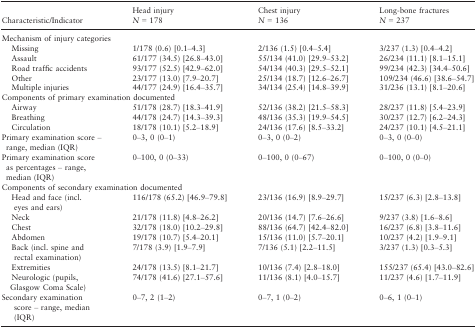
<table><thead><tr><td rowspan="2"><b>Characteristic/Indicator</b></td><td><b>Head injury</b></td><td><b>Chest injury</b></td><td><b>Long‐bone fractures</b></td></tr><tr><td><b><i>N</i> = 178</b></td><td><b><i>N</i> = 136</b></td><td><b><i>N</i> = 237</b></td></tr></thead><tbody><tr><td colspan="4">Mechanism of injury categories</td></tr><tr><td>Missing</td><td>1/178 (0.6) [0.1–4.3]</td><td>2/136 (1.5) [0.4–5.4]</td><td>3/237 (1.3) [0.4–4.2]</td></tr><tr><td>Assault</td><td>61/177 (34.5) [26.8–43.0]</td><td>55/134 (41.0) [29.9–53.2]</td><td>26/234 (11.1) [8.1–15.1]</td></tr><tr><td>Road traffic accidents</td><td>93/177 (52.5) [42.9–62.0]</td><td>54/134 (40.3) [29.5–52.1]</td><td>99/234 (42.3) [34.4–50.6]</td></tr><tr><td>Other</td><td>23/177 (13.0) [7.9–20.7]</td><td>25/134 (18.7) [12.6–26.7]</td><td>109/234 (46.6) [38.6–54.7]</td></tr><tr><td>Multiple injuries</td><td>44/177 (24.9) [16.4–35.7]</td><td>34/134 (25.4) [14.8–39.9]</td><td>31/236 (13.1) [8.1–20.6]</td></tr><tr><td colspan="4">Components of primary examination documented</td></tr><tr><td>Airway</td><td>51/178 (28.7) [18.3–41.9]</td><td>52/136 (38.2) [21.5–58.3]</td><td>28/237 (11.8) [5.4–23.9]</td></tr><tr><td>Breathing</td><td>44/178 (24.7) [14.3–39.3]</td><td>48/136 (35.3) [19.9–54.5]</td><td>30/237 (12.7) [6.2–24.3]</td></tr><tr><td>Circulation</td><td>18/178 (10.1) [5.2–18.9]</td><td>24/136 (17.6) [8.5–33.2]</td><td>24/237 (10.1) [4.5–21.1]</td></tr><tr><td>Primary examination score – range, median (IQR)</td><td>0–3, 0 (0–1)</td><td>0–3, 0 (0–2)</td><td>0–3, 0 (0–0)</td></tr><tr><td>Primary examination score as percentages – range, median (IQR)</td><td>0–100, 0 (0–33)</td><td>0–100, 0 (0–67)</td><td>0–100, 0 (0–0)</td></tr><tr><td colspan="4">Components of secondary examination documented</td></tr><tr><td>Head and face (incl. eyes and ears)</td><td>116/178 (65.2) [46.9–79.8]</td><td>23/136 (16.9) [8.9–29.7]</td><td>15/237 (6.3) [2.8–13.8]</td></tr><tr><td>Neck</td><td>21/178 (11.8) [4.8–26.2]</td><td>20/136 (14.7) [7.6–26.6]</td><td>9/237 (3.8) [1.6–8.6]</td></tr><tr><td>Chest</td><td>32/178 (18.0) [10.2–29.8]</td><td>88/136 (64.7) [42.4–82.0]</td><td>16/237 (6.8) [3.8–11.6]</td></tr><tr><td>Abdomen</td><td>19/178 (10.7) [5.4–20.1]</td><td>15/136 (11.0) [5.7–20.1]</td><td>10/237 (4.2) [1.9–9.1]</td></tr><tr><td>Back (incl. spine and rectal examination)</td><td>7/178 (3.9) [1.9–7.9]</td><td>7/136 (5.1) [2.2–11.5]</td><td>3/237 (1.3) [0.3–5.3]</td></tr><tr><td>Extremities</td><td>24/178 (13.5) [8.1–21.7]</td><td>10/136 (7.4) [2.8–18.0]</td><td>155/237 (65.4) [43.0–82.6]</td></tr><tr><td>Neurologic (pupils, Glasgow Coma Scale)</td><td>74/178 (41.6) [27.1–57.6]</td><td>11/136 (8.1) [4.0–15.7]</td><td>11/237 (4.6) [1.7–11.9]</td></tr><tr><td>Secondary examination score – range, median (IQR)</td><td>0–7, 2 (1–2)</td><td>0–7, 1 (0–2)</td><td>0–6, 1 (0–1)</td></tr></tbody></table>